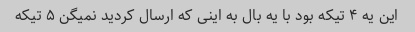
این یه ۴ تیکه بود با یه بال به اینی که ارسال کردید نمیگن ۵ تیکه